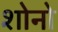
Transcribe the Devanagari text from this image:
शोनो